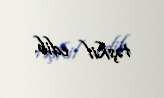
təşkil edib.